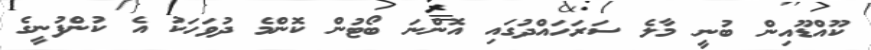
ކޫއްޑޫއިން ބުނީ މާލެ ސަރަހައްދުގައި އޮންނަ ބޯޓުން ކޮންމެ ދުވަހަކު އެ ކުންފުނީގެ